Civil Veterinary Department. United Provinces 1923-31 - 1923-1931
Year: 1923
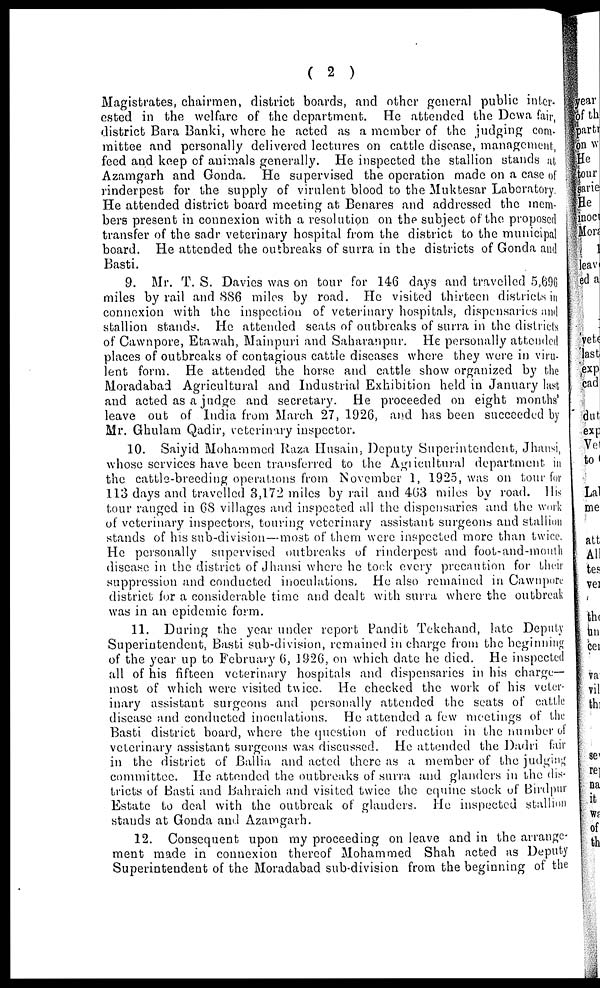
( 2 )
Magistrates, chairmen, district boards, and other general public inter-
ested in the welfare of the department. He attended the Dewa fair,
district Bara Banki, where he acted as a member of the judging com-
mittee and personally delivered lectures on cattle disease, management,
feed and keep of animals generally. He inspected the stallion stands at
Azamgarh and Gonda. He supervised the operation made on a case of
rinderpest for the supply of virulent blood to the Muktesar Laboratory.
He attended district board meeting at Benares and addressed the mem-
bers present in connexion with a resolution on the subject of the proposed
transfer of the sadr veterinary hospital from the district to the municipal
board. He attended the outbreaks of surra in the districts of Gonda and
Basti.
9. Mr. T. S. Davies was on tour for 146 days and travelled 5,696
miles by rail and 886 miles by road. He visited thirteen districts in
connexion with the inspection of veterinary hospitals, dispensaries and
stallion stands. He attended seats of outbreaks of surra in the districts
of Cawnpore, Etawah, Mainpuri and Saharanpur. He personally attended
places of outbreaks of contagious cattle diseases where they were in viru-
lent form. He attended the horse and cattle show organized by the
Moradabad Agricultural and Industrial Exhibition held in January last
and acted as a judge and secretary. He proceeded on eight months'
leave out of India from March 27, 1926, and has been succeeded by
Mr. Ghulam Qadir, veterinary inspector.
10. Saiyid Mohammed Raza Husain, Deputy Superintendent, Jhansi,
whose services have been transferred to the Agricultural department in
the cattle-breeding operations from November 1, 1925, was on tour for
113 days and travelled 3,172 miles by rail and 463 miles by road. His
tour ranged in 68 villages and inspected all the dispensaries and the work
of veterinary inspectors, touring veterinary assistant surgeons and stallion
stands of his sub-division—most of them were inspected more than twice.
He personally supervised outbreaks of rinderpest and foot-and-mouth
disease in the district of Jhansi where he took every precaution for their
suppression and conducted inoculations. He also remained in Cawnpore
district for a considerable time and dealt with surra where the outbreak
was in an epidemic form.
11. During the year under report Pandit Tekchand, late Deputy
Superintendent, Basti sub-division, remained in charge from the beginning
of the year up to February 6, 1926, on which date he died. He inspected
all of his fifteen veterinary hospitals and dispensaries in his charge-
most of which were visited twice. He checked the work of his veter-
inary assistant surgeons and personally attended the seats of cattle
disease and conducted inoculations. He attended a few meetings of the
Basti district board, where the question of reduction in the number of
veterinary assistant surgeons was discussed. He attended the Dadri fair
in the district of Ballia and acted there as a member of the judging
committee. He attended the outbreaks of surra and glanders in the dis-
tricts of Basti and Bahraich and visited twice the equine stock of Birdpur
Estate to deal with the outbreak of glanders. He inspected stallion
stands at Gonda and Azamgarh.
12. Consequent upon my proceeding on leave and in the arrange-
ment made in connexion thereof Mohammed Shah acted as Deputy
Superintendent of the Moradabad sub-division from the beginning of the